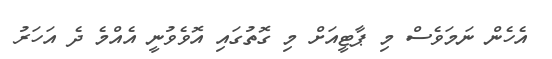
އެހެން ނަމަވެސް މި ޕާޓީއަށް މި ގޮތުގައި އޮވެވުނީ އެއްމެ ދެ އަހަރު